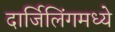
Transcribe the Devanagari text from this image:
दार्जिलिंगमध्ये